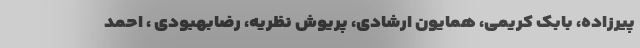
پیرزاده، بابک کریمی، همایون ارشادی، پریوش نظریه، رضابهبودی ، احمد